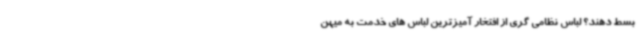
بسط دهند؟ لباس نظامی گری از افتخار آمیزترین لباس های خدمت به میهن